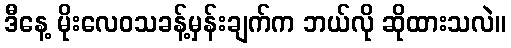
ဒီနေ့ မိုးလေဝသခန့်မှန်းချက်က ဘယ်လို ဆိုထားသလဲ။